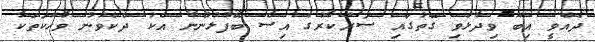
ދެއްވީ އިބޫ ވިދާޅުވި ގޮތުގައި ސަރުކާރުގެ އިސް ބޭފުޅުންނާ އެކު ދެކެވުނު ވާހަކަތަކާ